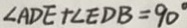
\angle A D E + \angle E D B = 9 0 ^ { \circ }